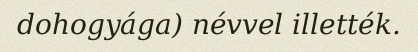
dohogyága) névvel illették.